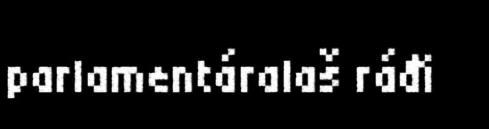
parlamentáralaš ráđi